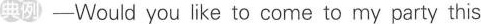
典例—Would you like to come to my party this